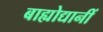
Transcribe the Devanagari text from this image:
बाह्योद्यानीं